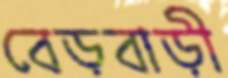
বেড়বাড়ী